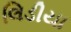
લિડીયા